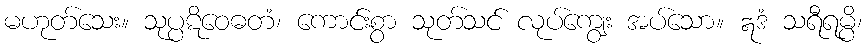
မဟုတ်သေး။ သုပ္ပဋိဝေဓတံ၊ ကောင်းစွာ သုတ်သင် လုပ်ကျွေး အပ်သော။ ဣဒံ သရီရမ္ပိ၊